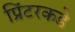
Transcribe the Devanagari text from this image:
प्रिंटरकडे